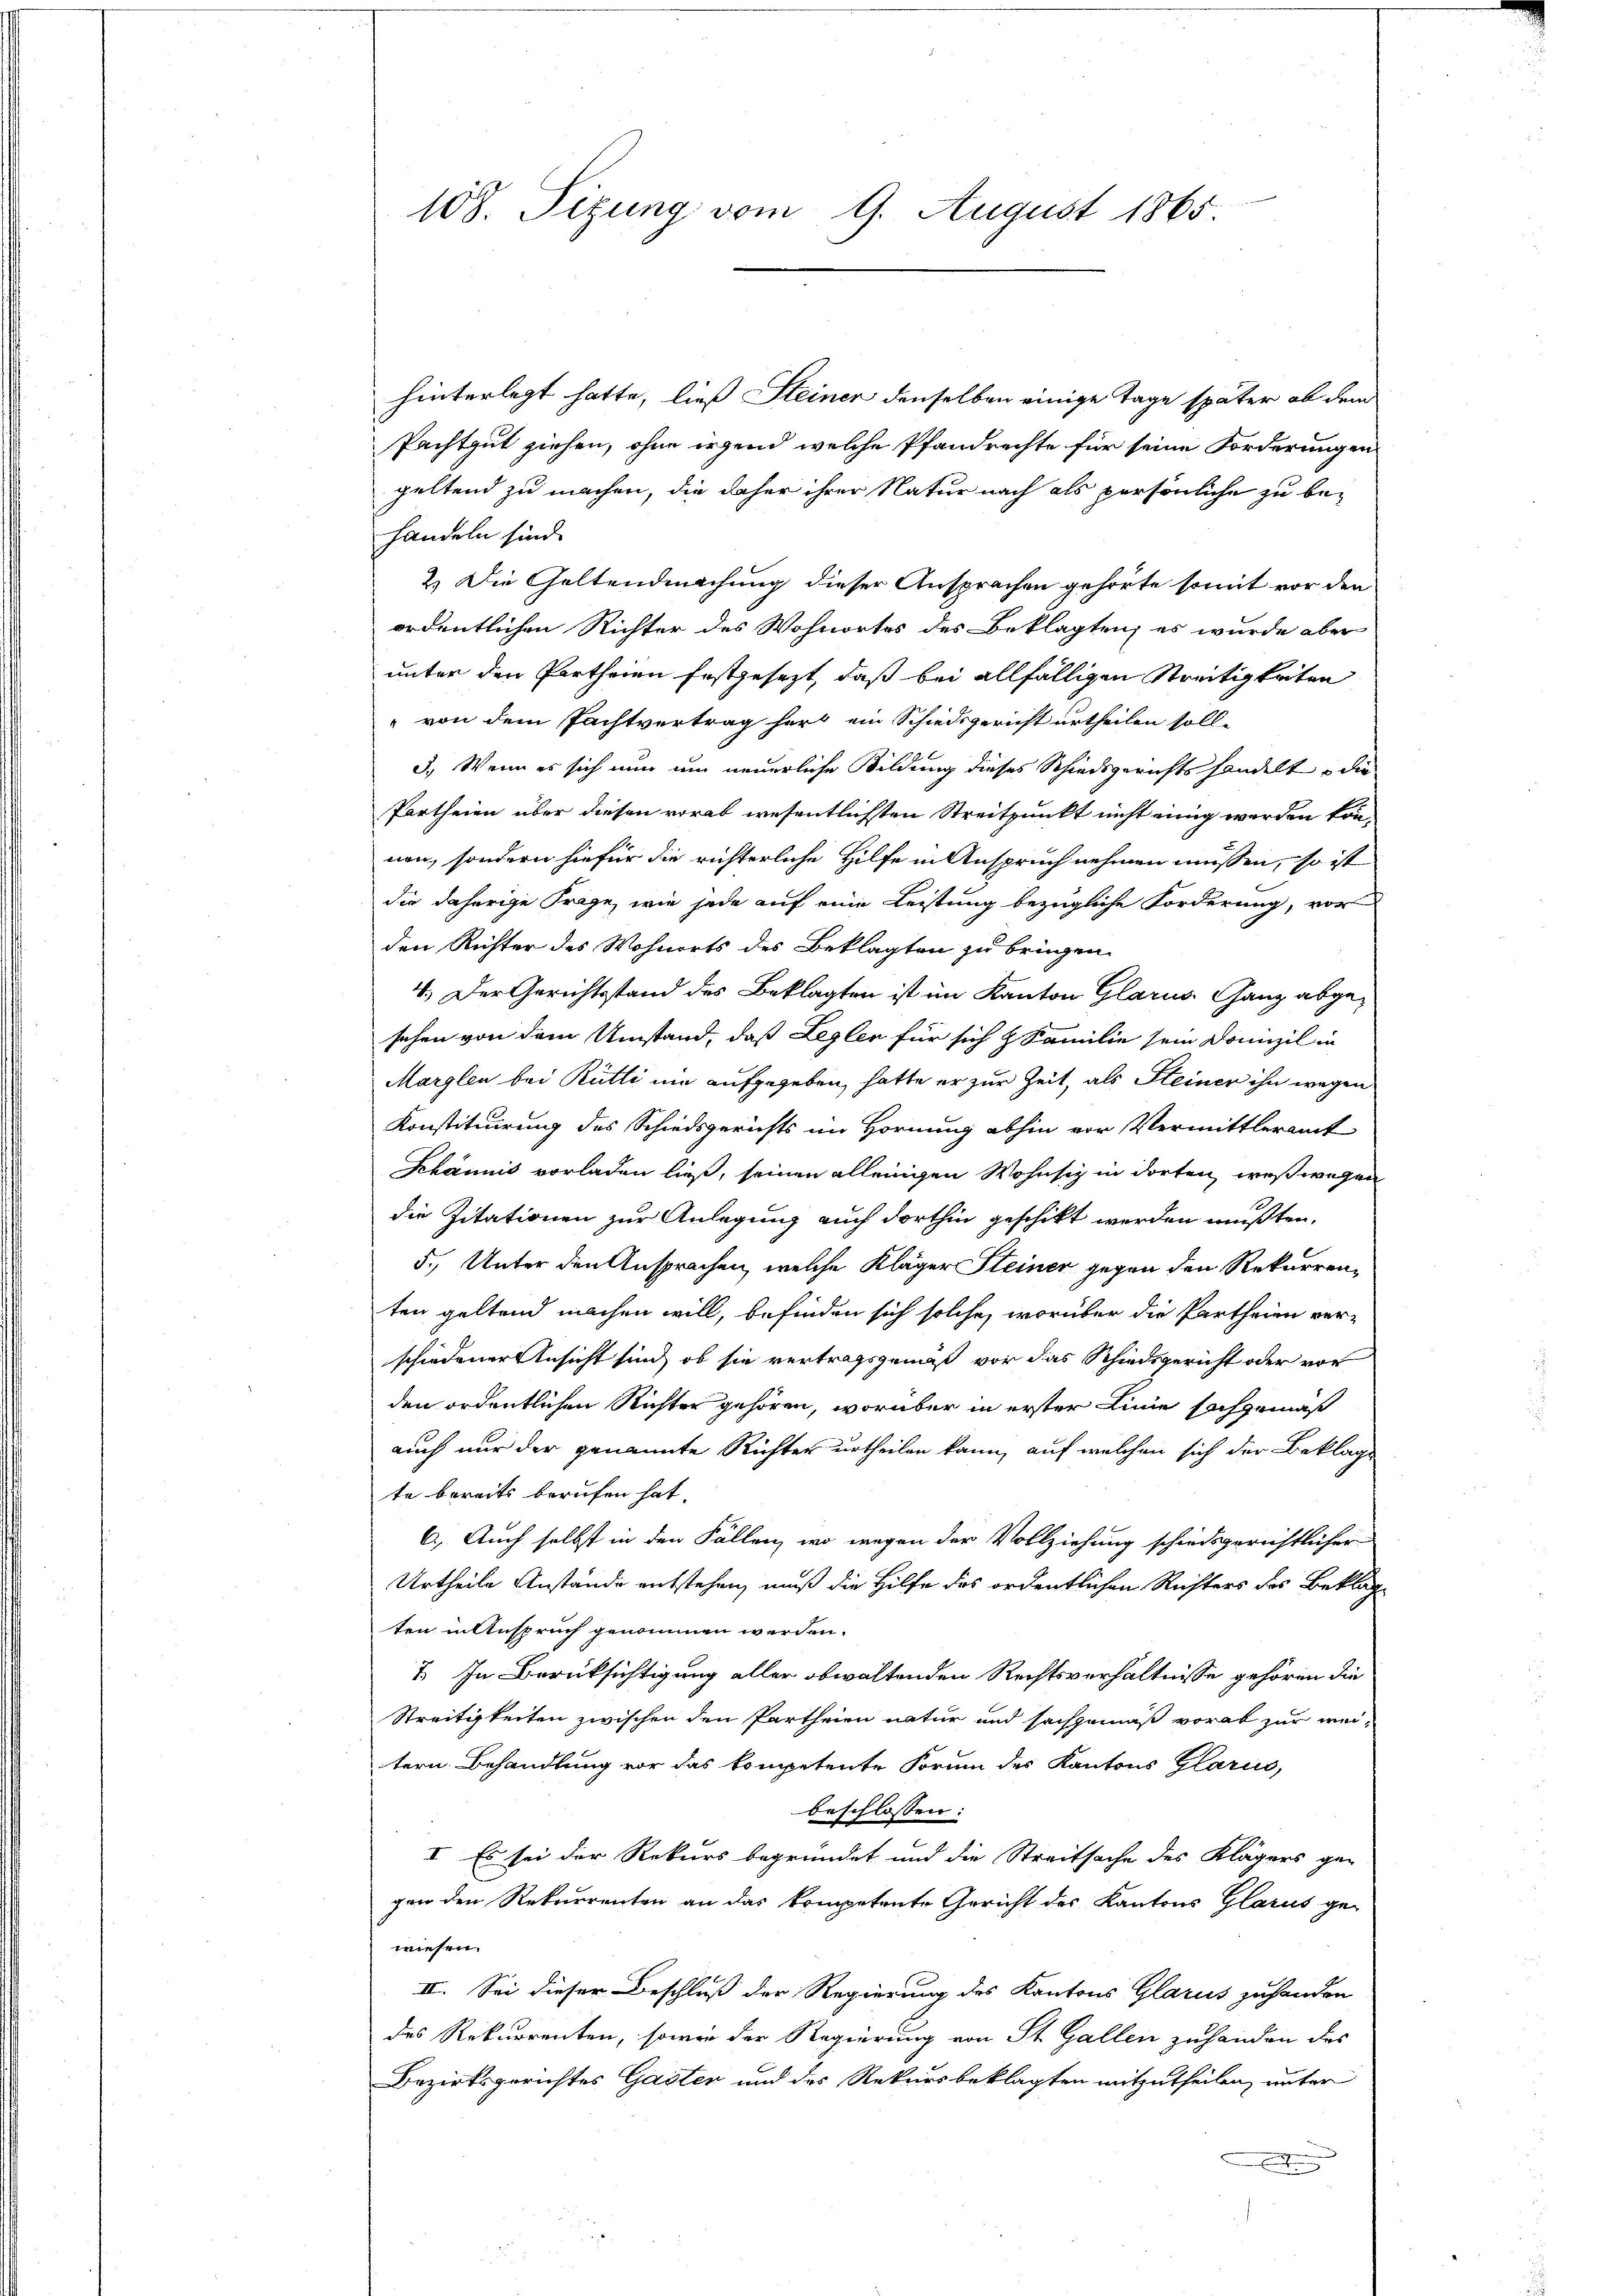
hinterlegt hatte, ließ Steiner denselben einige Tage später ob dem
Pachtgut ziehen, ohne irgend welche Pfandrechte für seine Forderungen
geltend zu machen, die daher ihrer Natur nach als persönliche zu behandeln sind.
2.) Die Geltendmachung dieser Ansprachen gehörte somit vor den
ordentlichen Richter des Wohnortes des Beklagten; es wurde aber
unter den Partheien festgesezt, daß bei allfälligen Streitigkeiten
" von dem Pachtvertrag herz ein Schiedsgericht urtheilen soll¬
3.) Wenn es sich nun um neuerliche Bildung dieses Schiedsgerichtshandelt o die
Partheien über diesen vorab wesentlichsten Streitpunkt nicht einig werden können, sondern hiefür die richterliche Hilfe in Anspruch nehmen müssen, so ist
die daherige Frage, wie jede auf eine Leistung bezügliche Forderung, vor
den Richter des Wohnorts des Beklagten zu bringen.
4. Der Gerichtsstand des Beklagten ist im Kanton Glarus, Ganz abgesehen von dem Umstand, daß Leglen für sich z. Familie sein Domizil in
Marglen bei Rütti um aufgegeben, hatte er zur Zeit, als Steiner ihn wegen
Konstituirung des Schiedsgerichts im Hornung abhin vor Vermittleramt
Khännis vorladen ließ, seinen alleinigen Wohnsiz in dorten, weßwegen
die Zitationen zur Anlegung auch dorthin geschikt werden mußten,
5. Unter den Ansprachen, welche Kläger Steiner gegen den Rekurrenten geltend machen will, befinden sich solche, worüber die Partheien ver-
schiedener Ansicht sind, ob sie vertragsgemäß vor das Schiedsgericht oder vor
den ordentlichen Richter gehören, worüber in erster Linie sachgemäß
auch nur der genannte Richter urtheilen kann, auf welchen sich der Beklags
te bereits berufen hat.
6.) Auch selbst in den Fällen, wo wegen der Vollziehung schiedsgerichtlicher
Urtheile Anstände entstehen, muß die Hilfe des ordentlichen Rechters des Beklag
ten in Anspruch genommen werden.
7. In Berüksichtigung aller obwaltenden Rechtsverhältnisse gehören die
Streitigkeiten zwischen den Partheien natur und sachgemäß vorab zur wei-
tern Behandlung vor das kompetente Forum des Kantons Glarus,
beschlossen:
I. Es sei der Rekurs begründet und die Streitsache des Klägers ge-
gen den Rekurrenten an das kompetente Gericht des Kantons Glarus ge-
wiesen.
II. Sei dieser Beschluß der Regierung des Kantons Glarus zuhanden
des Rekurrenten, sowie der Regierung von St. Gallen zuhanden des
Bezirksgerichtes Gaster und des Rekursbeklagten mitzutheilen, unter
E

108. Sizung vom 9. August 1865